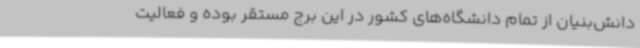
دانش‌بنیان از تمام دانشگاه‌های کشور در این برج مستقر بوده و فعالیت